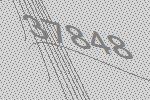
37848